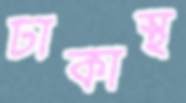
ঢাকাস্থ